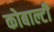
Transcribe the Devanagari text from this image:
कोबाल्टी